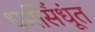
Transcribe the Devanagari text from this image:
धर्मसिंधूंत